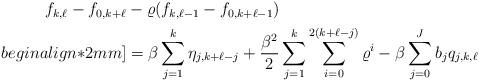
LaTeX: \begin{align*} \begin{aligned} f_{k,\ell} - f_{0,k+\ell} & - \varrho ( f_{k,\ell-1} - f_{0,k+\ell-1} ) \\begin{align*}2mm] & = \beta \sum_{j=1}^k \eta_{j,k+\ell-j} + \frac{\beta^2}{2} \sum_{j=1}^k \sum_{i=0}^{2(k+\ell-j)}\varrho^i - \beta \sum_{j=0}^J b_j q_{j,k,\ell} \end{aligned} \end{align*}